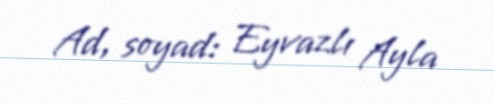
Ad, soyad: Eyvazlı Ayla